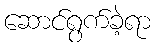
ဆောင်ရွက်ခဲ့ရာ